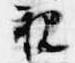
親